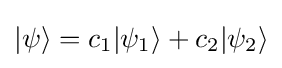
|\psi \rangle =c_{1}|\psi _{1}\rangle +c_{2}|\psi _{2}\rangle